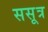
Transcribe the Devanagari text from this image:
ससूत्र